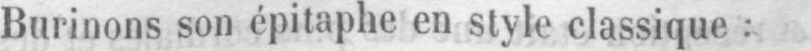
Burinons son épitaphe en style classique: